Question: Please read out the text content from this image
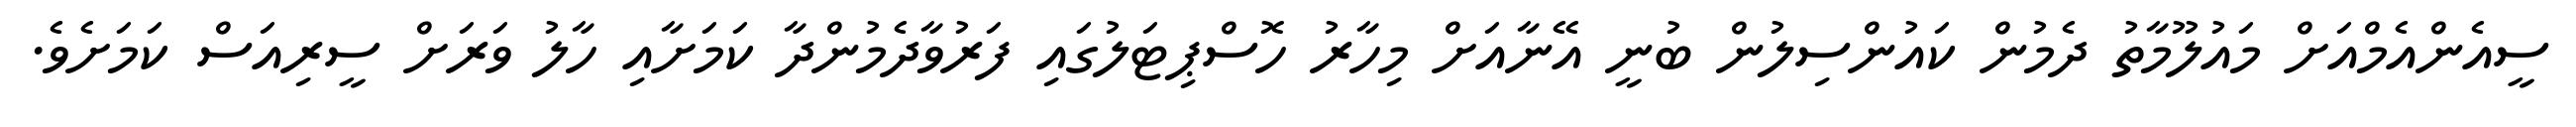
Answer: ސީއެންއެމްއަށް މައުލޫމާތު ދެމުން ކައުންސިލުން ބުނީ އޭނާއަށް މިހާރު ހޮސްޕިޓަލުގައި ފަރުވާދެމުންދާ ކަމަށާއި ހާލު ވަރަށް ސީރިއަސް ކަމަށެވެ.